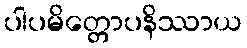
ပါပမိတ္တောပနိဿာယ